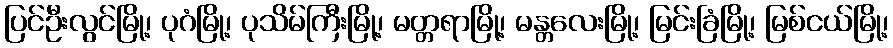
ပြင်ဦးလွင်မြို့၊ ပုဂံမြို့၊ ပုသိမ်ကြီးမြို့၊ မတ္တရာမြို့၊ မန္တလေးမြို့၊ မြင်းခြံမြို့၊ မြစ်ငယ်မြို့၊